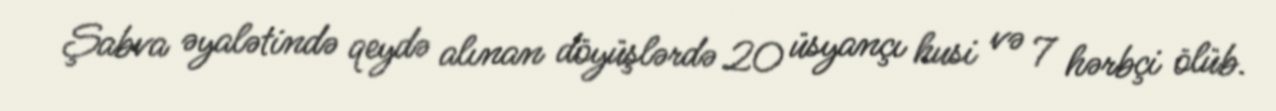
Şabva əyalətində qeydə alınan döyüşlərdə 20 üsyançı husi və 7 hərbçi ölüb.